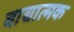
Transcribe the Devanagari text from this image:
वाद्यात्मक